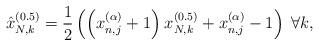
LaTeX: \begin{align*}\hat x_{N,k}^{(0.5)} = \frac{1}{2}\left( {\left( {x_{n,j}^{(\alpha )} + 1} \right){\mkern 1mu} x_{N,k}^{(0.5)} + x_{n,j}^{(\alpha )} - 1} \right)\;\forall k,\end{align*}